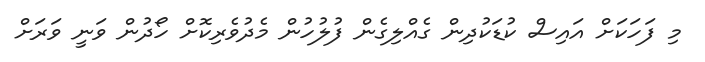
މި ފަހަކަށް އައިސް ކުޑަކުދިން ގެއްލިގެން ފުލުހުން މެދުވެރިކޮށް ހޯދުން ވަނީ ވަރަށް